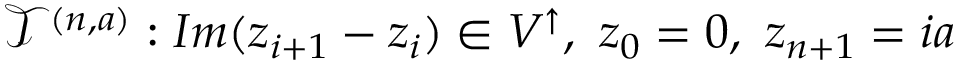
\mathcal { T } ^ { ( n , a ) } : I m ( z _ { i + 1 } - z _ { i } ) \in V ^ { \uparrow } , \, \, z _ { 0 } = 0 , \, \, z _ { n + 1 } = i a